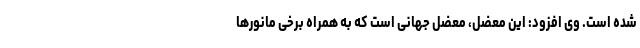
شده است. وی افزود: این معضل، معضل جهانی است که به همراه برخی مانورها